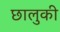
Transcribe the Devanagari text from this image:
छालुकी